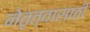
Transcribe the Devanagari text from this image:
नेतृत्वासाठी